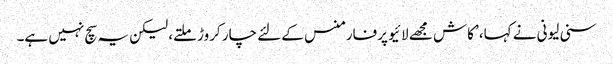
سنی لیونی نے کہا، ’کاش مجھے لائیو پرفارمنس کے لئے چار کروڑ ملتے، لیکن یہ سچ نہیں ہے۔